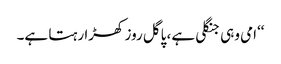
‘‘امی وہی جنگلی ہے، پاگل روز کھڑا رہتا ہے۔